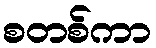
စတစ်ကာ